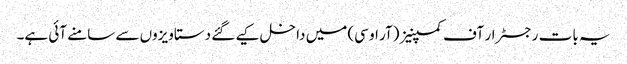
یہ بات رجسٹرار آف کمپنیز (آر او سی) میں داخل کیے گئے دستاویزوں سے سامنے آئی ہے۔